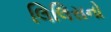
લિલિસનો